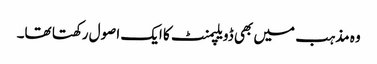
وہ مذہب میں بھی ڈویلپمنٹ کا ایک اصول رکھتا تھا۔